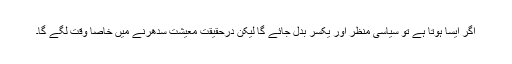
اگر ایسا ہوتا ہے تو سیاسی منظر اور یکسر بدل جائے گا لیکن درحقیقت معیشت سدھرنے میں خاصا وقت لگے گا۔